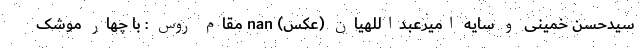
سیدحسن خمینی و سایه امیرعبداللهیان (عکس) nan مقام روس : با چهار موشک